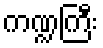
ကဏ္ဍကြီး